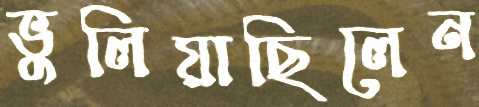
ভুলিয়াছিলেন